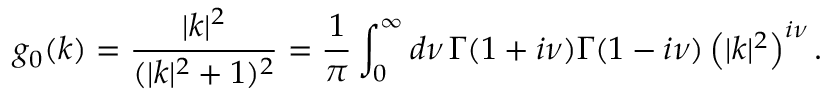
g _ { 0 } ( k ) = \frac { | k | ^ { 2 } } { ( | k | ^ { 2 } + 1 ) ^ { 2 } } = \frac { 1 } { \pi } \int _ { 0 } ^ { \infty } d \nu \, \Gamma ( 1 + i \nu ) \Gamma ( 1 - i \nu ) \left( | k | ^ { 2 } \right) ^ { i \nu } .